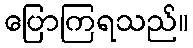
ပြောကြရသည်။